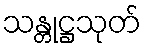
သန္တုဋ္ဌသုတ်